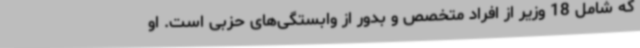
که شامل 18 وزیر از افراد متخصص و بدور از وابستگی‌های حزبی است. او